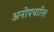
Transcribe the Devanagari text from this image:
अनोपचारित